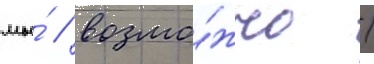
мы́ / возмо́жно /